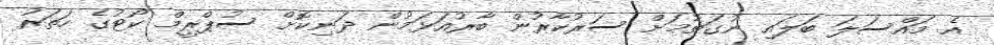
އެ މައްސަލަ ބަލައި ނުގަތުމަށް ސަރުކާރުން ބާރުއަޅަމުން ދަނިކޮށް ސުޕްރީމް ކޯޓުގެ ހަތަރު